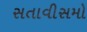
સતાવીસમો